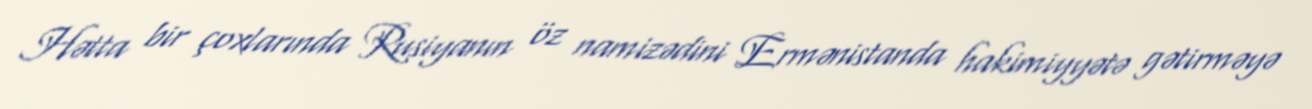
Hətta bir çoxlarında Rusiyanın öz namizədini Ermənistanda hakimiyyətə gətirməyə